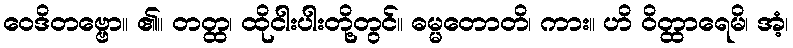
ဝေဒိတဗ္ဗော။ ၏။ တတ္ထ၊ ထိုငါးပါးတို့တွင်။ ဓမ္မတောတိ၊ ကား။ ဟိ ဝိတ္ထာရေမိ၊ အံ့၊